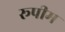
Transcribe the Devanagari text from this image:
रूपीम